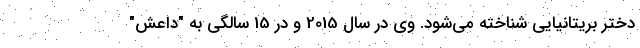
دختر بریتانیایی شناخته می‌شود. وی در سال 2015 و در 15 سالگی به "داعش"